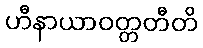
ဟီနာယာဝတ္တတီတိ